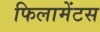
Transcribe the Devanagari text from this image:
फिलामेंटस